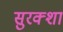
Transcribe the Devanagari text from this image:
सुरक्शा